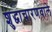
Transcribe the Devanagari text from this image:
शुद्धाचारणवाले